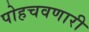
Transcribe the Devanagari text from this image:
पोहचवणारी